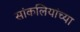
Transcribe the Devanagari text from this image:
सांकलियांच्या